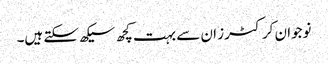
نوجوان کرکٹرز ان سے بہت کچھ سیکھ سکتے ہیں۔